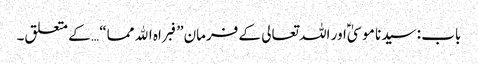
باب : سیدنا موسیٰؑ اور اللہ تعالی کے فرمان”فبراہ الله مما“ … کے متعلق۔